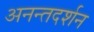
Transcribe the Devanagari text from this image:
अनन्तदर्शन